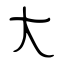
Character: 大